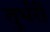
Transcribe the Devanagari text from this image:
तुर्भरी